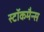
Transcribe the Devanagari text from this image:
स्टॉकमैन्स